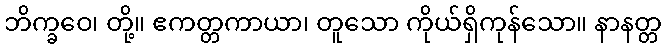
ဘိက္ခဝေ၊ တို့။ ဧကတ္တကာယာ၊ တူသော ကိုယ်ရှိကုန်သော။ နာနတ္တ